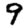
Digit: 9